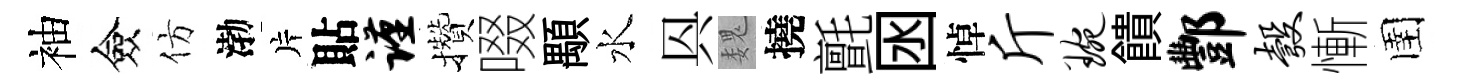
袖僉仿渤片貼谨攢啜顒水㒷魏撓氈囦悼斤琬饋酆彀慚圉